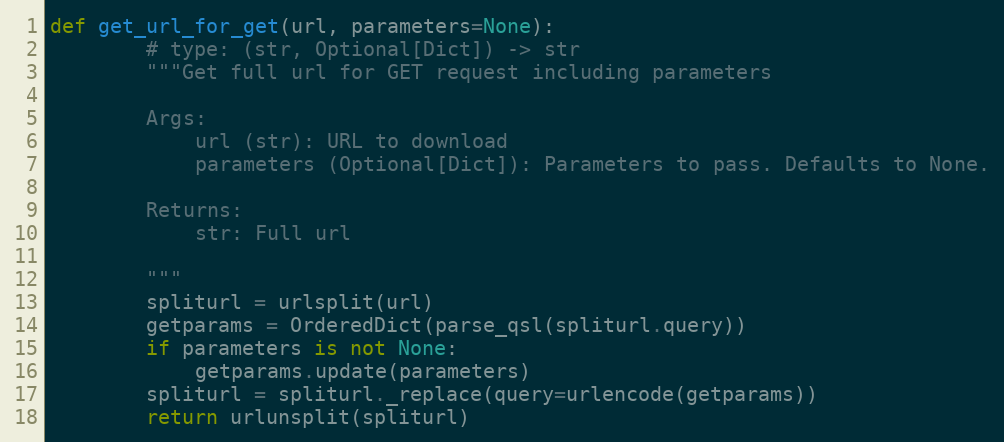
Language: Python
def get_url_for_get(url, parameters=None):
        # type: (str, Optional[Dict]) -> str
        """Get full url for GET request including parameters

        Args:
            url (str): URL to download
            parameters (Optional[Dict]): Parameters to pass. Defaults to None.

        Returns:
            str: Full url

        """
        spliturl = urlsplit(url)
        getparams = OrderedDict(parse_qsl(spliturl.query))
        if parameters is not None:
            getparams.update(parameters)
        spliturl = spliturl._replace(query=urlencode(getparams))
        return urlunsplit(spliturl)